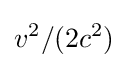
v^{2}/(2c^{2})